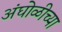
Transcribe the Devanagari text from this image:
अंघोळीच्या